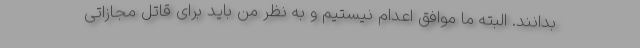
بدانند. البته ما موافق اعدام نیستیم و به نظر من باید برای قاتل مجازاتی